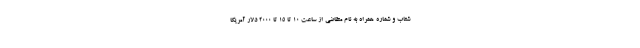
شتاب و شماره همراه به نام متقاضی از ساعت ۱۰ تا ۱۵ تا ۲۰۰۰ دلار آمریکا